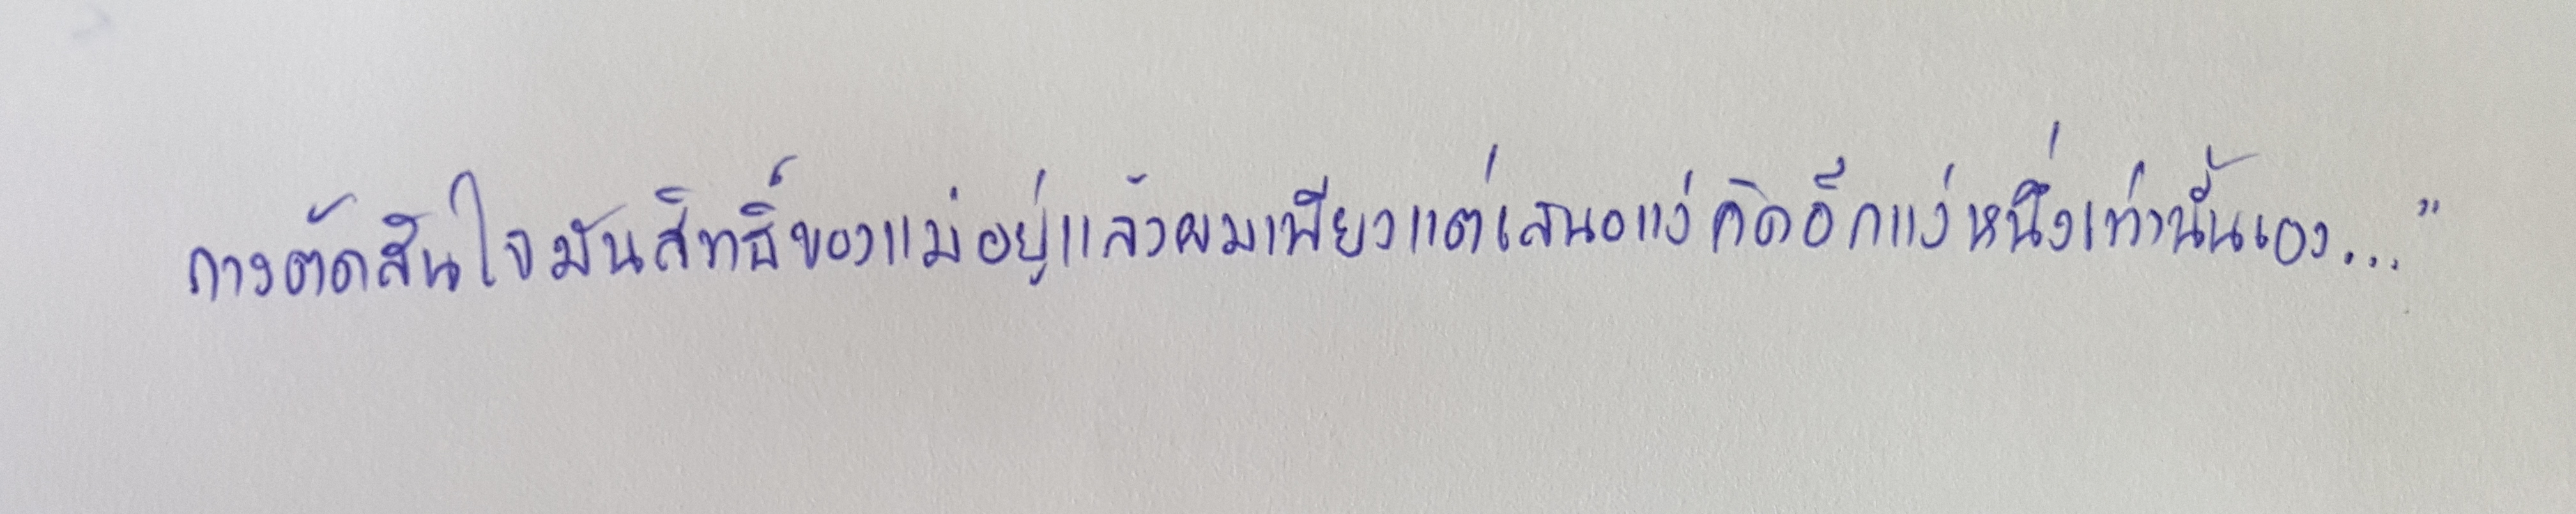
การตัดสินใจเป็นสิทธิ์ของแม่อยู่แล้วผมเพียงแต่เสนอแง่คิดอีกแง่หนึ่งเท่านั้นเอง..."